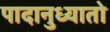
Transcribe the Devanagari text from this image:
पादानुध्यातो